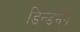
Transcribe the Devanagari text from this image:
डिन्डमैन